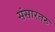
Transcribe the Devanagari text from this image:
संसारतरु